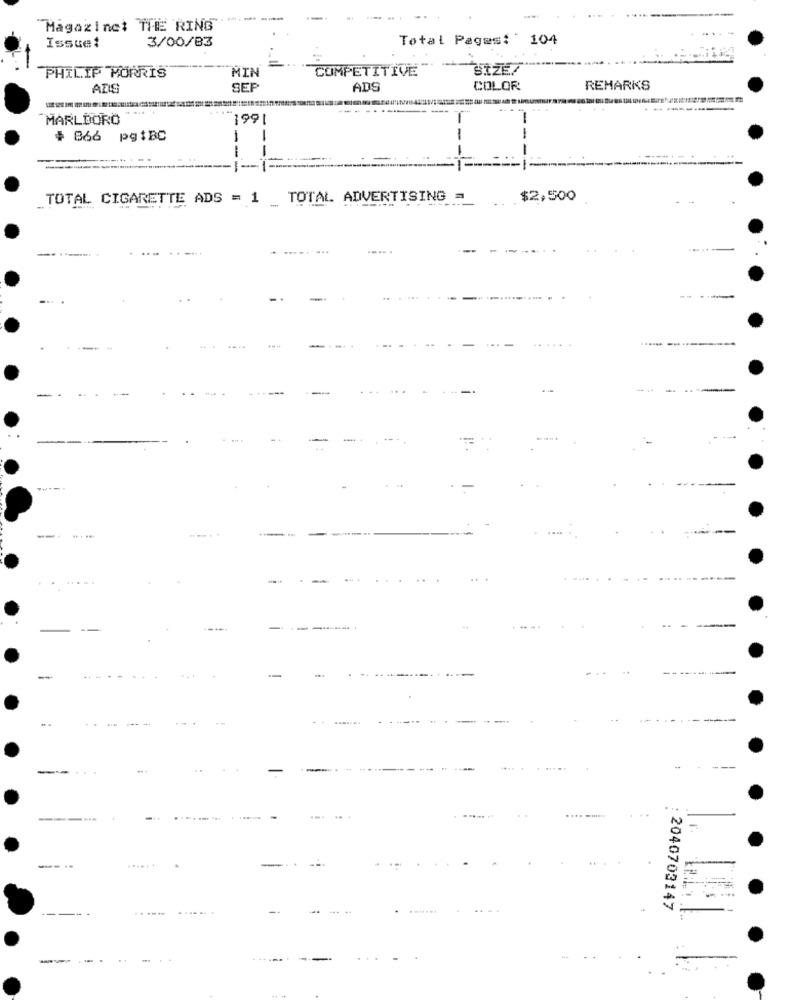
"Magazinet THE RING
3/00/83
Total Pages: 104
Issue1
MIN
COMPETITIVE
PHILIP MORRIS
AZIS
SEF
ADS
COLOR
REMARKS
--------
MARLBORO
1991
$ 866 pgtBC
-
-----------
TOTAL CIGARETTE ADS = 1 TOTAL ADVERTISING =
$2,500
_ !
-.. .
.....
-
---.
=
. .
-
---
-
......
-
-
. .
--- -
...***
......
.......
-.
2040703147